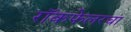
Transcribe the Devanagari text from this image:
रॉकफेलरचा